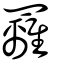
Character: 䍦